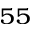
^ { 5 5 }